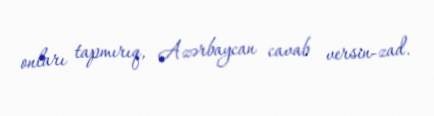
onları tapmırıq, Azərbaycan cavab versin-zad.